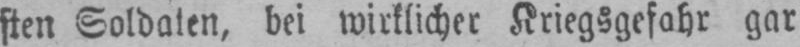
sten Soldaten, bei wirklicher Kriegsgefahr gar